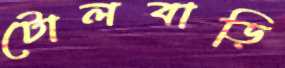
টোলবাড়ি